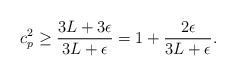
LaTeX: \begin{align*} c_p^2\geq \frac{3L+3\epsilon}{3L+\epsilon}=1+\frac{2\epsilon}{3L+\epsilon}.\end{align*}